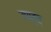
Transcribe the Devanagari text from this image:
उपावृत्